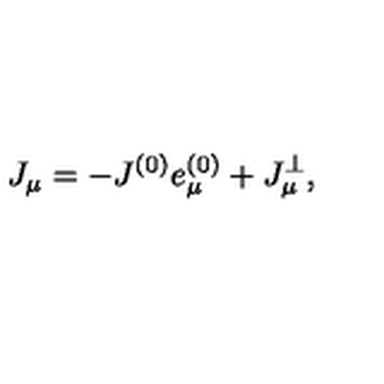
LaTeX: J _ { \mu } = - J ^ { ( 0 ) } e _ { \mu } ^ { ( 0 ) } + J _ { \mu } ^ { \bot } ,